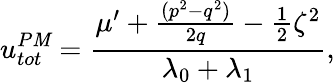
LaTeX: u_{tot}^{P\mathit{M}}=\frac{{\mu^{\prime}+\frac{{(p^{2}-q^{2})}}{{2q}}-\frac{{1}}{{2}}\zeta^{2}}}{{\lambda_{0}+\lambda_{1}}},